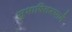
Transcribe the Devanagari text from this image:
सुभाषितरूपाने